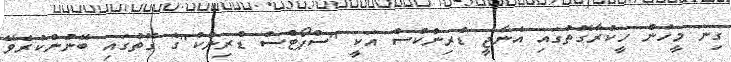
ގިނަ މީހުން ހީކުރާގޮތުގައި އެނާޖީ ޑްރިންކްސް އަކީ "ސްޕޯޓްސް ޑްރިންކް"ގެ ގޮތުގައި ބޭނުންކުރެވޭ